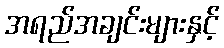
အရည်အချင်းများနှင့်